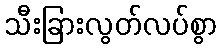
သီးခြားလွတ်လပ်စွာ